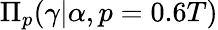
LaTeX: \Pi_{p}(\gamma\vert\alpha,p=0.6T)